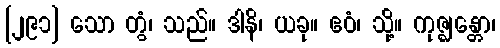
[၂၉၁] သော တွံ၊ သည်။ ဒါနိ၊ ယခု။ ဧဝံ၊ သို့။ ကုဇ္ဈန္တော၊